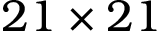
2 1 \times 2 1